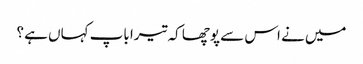
میں نے اس سے پوچھا کہ تیرا باپ کہاں ہے ؟